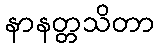
နာနတ္တသိတာ